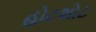
હોટશોટ